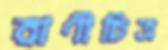
বাণীচিত্র